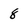
Character: 8